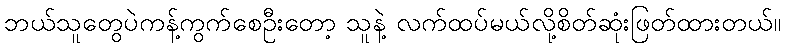
ဘယ်သူတွေပဲကန့်ကွက်စေဦးတော့ သူနဲ့ လက်ထပ်မယ်လို့စိတ်ဆုံးဖြတ်ထားတယ်။